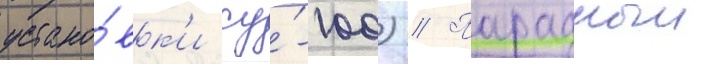
устано́вк'и су́-100) // Парадныи